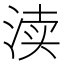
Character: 渎